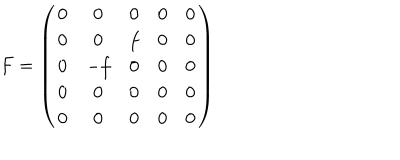
F = \left( \begin{array} { c c c c c } { { 0 } } & { { 0 } } & { { 0 } } & { { 0 } } & { { 0 } } \\ { { 0 } } & { { 0 } } & { { f } } & { { 0 } } & { { 0 } } \\ { { 0 } } & { { - f } } & { { 0 } } & { { 0 } } & { { 0 } } \\ { { 0 } } & { { 0 } } & { { 0 } } & { { 0 } } & { { 0 } } \\ { { 0 } } & { { 0 } } & { { 0 } } & { { 0 } } & { { 0 } } \\ \end{array} \right)